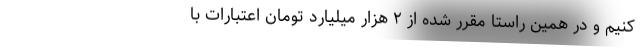
کنیم و در همین راستا مقرر شده از ۲ هزار میلیارد تومان اعتبارات با